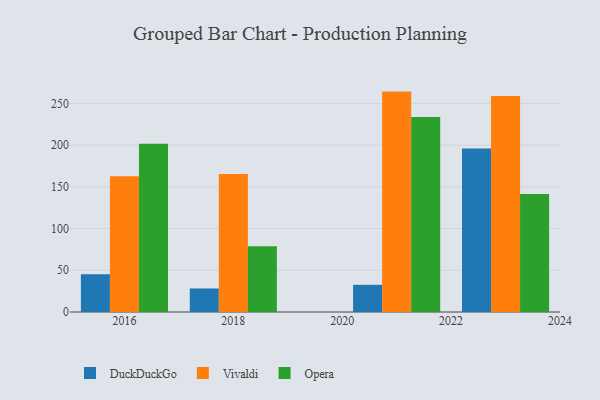
{"axis": {"x": "Year", "y": "Humidity (%)"}, "legend": ["DuckDuckGo", "Opera", "Vivaldi"], "data": [{"x": "2023", "y": 195.9, "type": "DuckDuckGo"}, {"x": "2023", "y": 259.0, "type": "Vivaldi"}, {"x": "2023", "y": 141.5, "type": "Opera"}, {"x": "2016", "y": 45.4, "type": "DuckDuckGo"}, {"x": "2016", "y": 162.7, "type": "Vivaldi"}, {"x": "2016", "y": 201.8, "type": "Opera"}, {"x": "2021", "y": 32.6, "type": "DuckDuckGo"}, {"x": "2021", "y": 264.2, "type": "Vivaldi"}, {"x": "2021", "y": 233.7, "type": "Opera"}, {"x": "2018", "y": 28.2, "type": "DuckDuckGo"}, {"x": "2018", "y": 165.4, "type": "Vivaldi"}, {"x": "2018", "y": 78.8, "type": "Opera"}]}